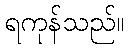
ရကုန်သည်။